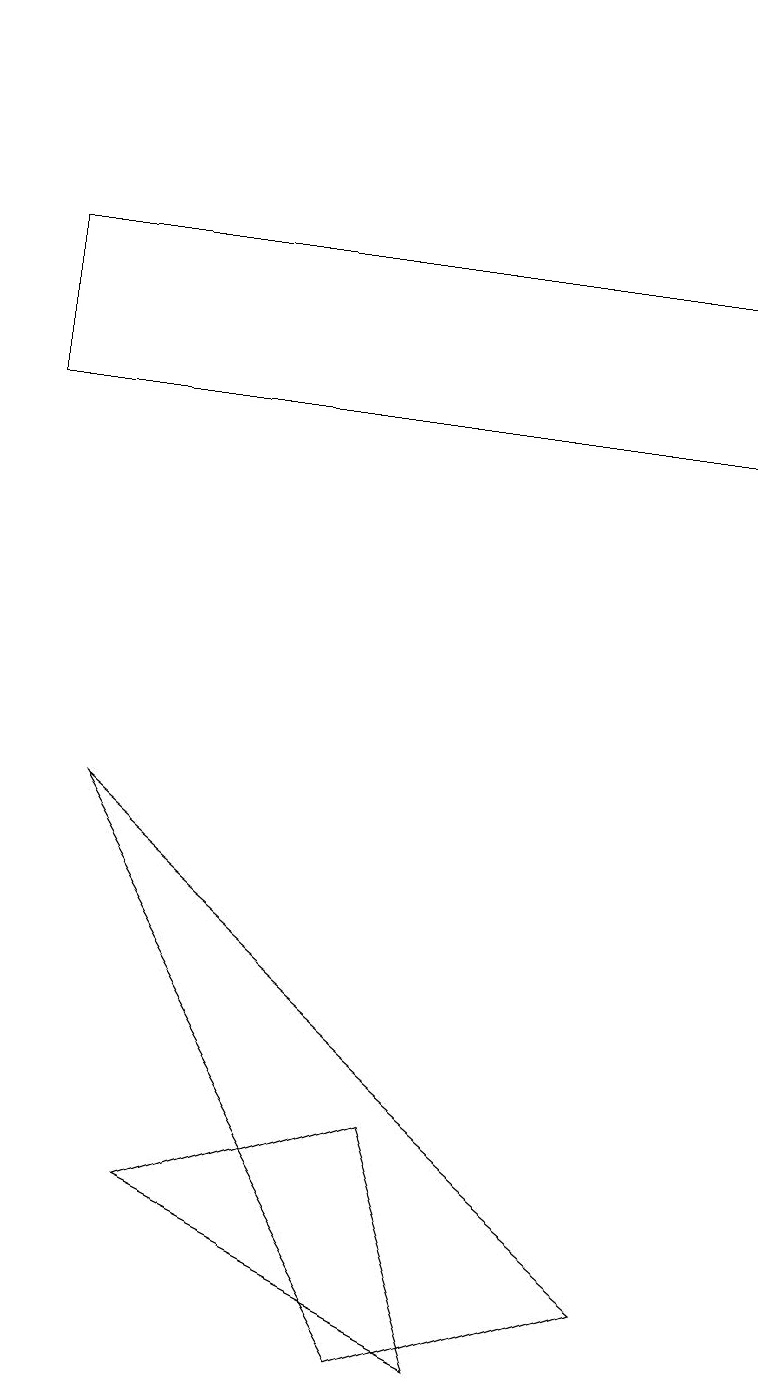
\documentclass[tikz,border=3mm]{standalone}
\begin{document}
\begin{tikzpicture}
\draw (2,3) -- (6,1) -- (5,4) -- cycle;
\draw (0,15) rectangle (9,13);
\draw (5,18) rectangle (5,18);
\draw (1,8) -- (8,2) -- (5,1) -- cycle;
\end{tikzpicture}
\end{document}